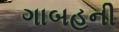
ગાબહની